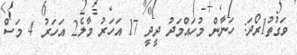
ވަގުތު1ރޯދަ: ހަނާން މުހައްމަދު ދީދީ 17 އަހަރު މާލެ2 އަހަރު 4 މަސް